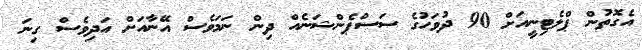
އެގޮތުން ޕްލެޓިނީއަށް 90 ދުވަހުގެ ސަސްޕެންޝަނެއް ދިން ނަމަވެސް އޭނާއަށް އަދިވެސް ގިނަ